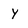
Character: Y